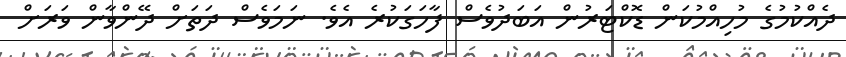
ދެއްކުމުގެ މުހިއްމުކަން ޑޮކްޓަރުން އަބަދުވެސް ފާހަގަކުރެ އެވެ. ނަމަވެސް ދަތަށް ދޭންވާން ވަރަށް